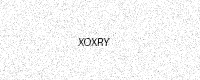
Text: XOXRY